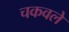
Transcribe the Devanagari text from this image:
चकवले